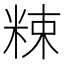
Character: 𥹵